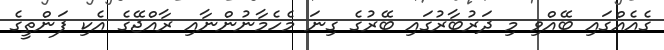
ގެއެއްގައި ބޭއްވި މި ދަރުބާރުގައި ބޭރުގެ ގިނަ މެހެމާނުންނާއި ރާއްޖޭގެ އެކި ފަންތީގެ